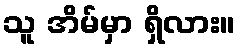
သူ အိမ်မှာ ရှိလား။